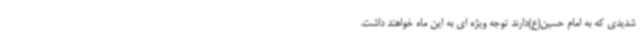
شدیدی که به امام حسین(ع)دارند توجه ویژه ای به این ماه خواهند داشت.